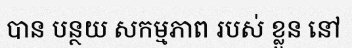
បាន បន្ថយ សកម្មភាព របស់ ខ្លួន នៅ